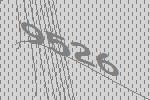
9526